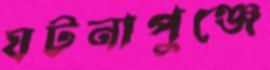
ঘটনাপুঞ্জে